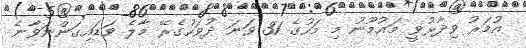
އުމަރު ވިދާޅުވީ މައުމޫނު މި މަހުގެ 31 ވަނަ ދުވަހުގެރޭ މާލެ ވަޑައިގަންނަވާނެ